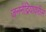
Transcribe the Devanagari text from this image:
जननेंद्रियावरील